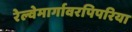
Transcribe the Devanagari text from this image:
रेल्वेमार्गावरपिपरिया